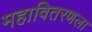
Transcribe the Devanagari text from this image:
महावितरणला